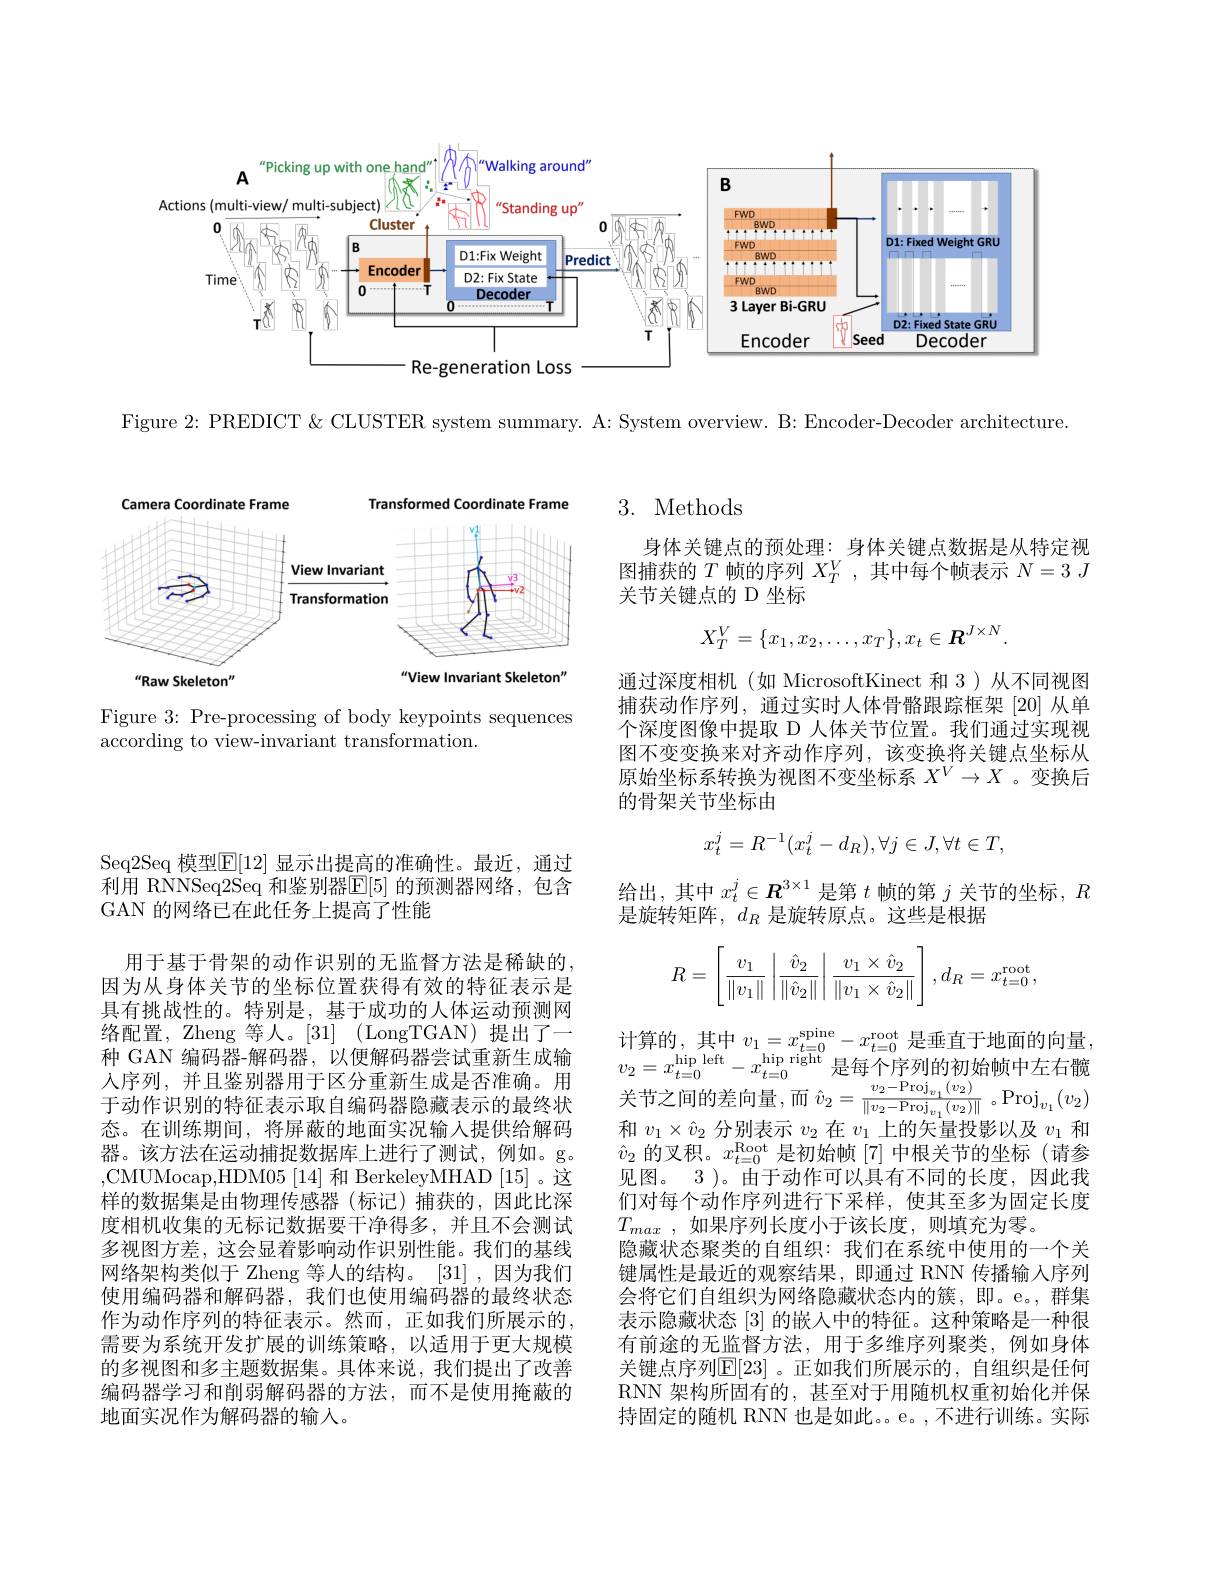
<FigureHere>

Figure 2: PREDICT& CLUSTER system summary. A: System overview. B: Encoder-Decoder architecture

Camera Coordinate Frame
Transformed Coordinate Frame
<FigureHere>

Figure 3: Pre-processing of body keypoints sequences
according to view-invariant transformation

Seq2Seq 模型$\mathbb{E}[12]$ 显示出提高的准确性。最近，通过利用 RNNSeq2Seq 和鉴别器$\mathbb{E}[5]$ 的预测器网络，包含GAN 的网络已在此任务上提高了性能

用于基于骨架的动作识别的无监督方法是稀缺的因为从身体关节的坐标位置获得有效的特征表示是具有挑战性的。特别是，基于成功的人体运动预测网络配置，Zheng 等人。[31] (LongTGAN)提出了一络 配 置 , Zheng 等 人 。[31]( LongTGAN) 提 出 了 一 计 算 的 , 其 中 $v_{1}= x_{t= 0}^{\mathrm{spine}}- x_{t= 0}^{\mathrm{root}}$是 垂 直 于 地 面 的 向 量 . 种 GAN 编 码 器 - 解 码 器 , 以 便 解 码 器 尝 试 重 新 生 成 输 $v_{2}= x_{t= 0}^{\mathrm{hinp~left}}- x_{t= 0}^{\mathrm{hinp~right}}$是 每 个 序 列 的 初 始 帧 中 左 右 髋 人 序 列 , 并 且 鉴 别 器 用 于 区 分 重 新 生 成 是 否 准 确 。用 $v_{2}= x_{t= 0}^{\mathrm{hinp~left}}- x_{t}$
于动作识别的特征表示取自编码器隐藏表示的最终状态。在训练期间，将屏蔽的地面实况输入提供给解码器。该方法在运动捕捉数据库上进行了测试，例如。g。,CMUMocap,HDM05[14] 和 BerkeleyMHAD [15]。这样的数据集是由物理传感器(标记)捕获的，因此比深度相机收集的无标记数据要干净得多，并且不会测试多视图方差，这会显着影响动作识别性能。我们的基线网络架构类似于 Zheng 等人的结构。[31] ,因为我们使用编码器和解码器，我们也使用编码器的最终状态作为动作序列的特征表示。然而，正如我们所展示的， 需要为系统开发扩展的训练策略，以适用于更大规模的多视图和多主题数据集。具体来说，我们提出了改善编码器学习和削弱解码器的方法，而不是使用掩蔽的地面实况作为解码器的输入。

## 3. Methods

身体关键点的预处理：身体关键点数据是从特定视图捕获的$T$帧的序列$X_T^V$,其中每个帧表示$N=3$ $J$ 关节关键点的 D 坐标
$$X_T^V=\{x_1,x_2,\ldots,x_T\},x_t\in\boldsymbol{R}^{J\times N}.$$
通过深度相机(如 MicrosoftKinect 和 3)从不同视图捕获动作序列，通过实时人体骨骼跟踪框架[20]从单个深度图像中提取 D 人体关节位置。我们通过实现视图不变变换来对齐动作序列，该变换将关键点坐标从原始坐标系转换为视图不变坐标系$X^V\to X$ 。变换后的骨架关节坐标由
$$x_t^j=R^{-1}(x_t^j-d_R),\forall j\in J,\forall t\in T,$$
给出，其中$x_t^j\in\boldsymbol{R}^{3\times1}$是第$t$帧的第$j$关节的坐标，$R$
是旋转矩阵，$d_R$是旋转原点。这些是根据
$$R=\left[\frac{v_1}{\|v_1\|}\left|\frac{\hat v_2}{\|\hat v_2\|}\right|\frac{v_1\times\hat v_2}{\|v_1\times\hat v_2\|}\right],d_R=x_{t=0}^{\mathrm{root}},$$
关 节 之 间 的 差 向 量 , 而 $\hat{v} _{2}= \frac {v_{2}- \mathrm{Proj}_{v_{1}}( v_{2}) }{\| v_{2}- \mathrm{Proj}_{v_{1}}( v_{2}) \| }。\mathrm{Proj}_{v_{1}}( v_{2})$ 和 $v_{1}\times \hat{v} _{2}$ 分 别 表 示 $v_{2}$ 在 $v_{1}$ 上 的 矢 量 投 影 以 及 $v_{1}$ 和$\hat{v}_2$的叉积。$x_t=0^\mathrm{Root}$是初始帧[7]中根关节的坐标(请参见图。3)。由于动作可以具有不同的长度。因此我们对每个动作序列进行下采样，使其至多为固定长度$T_{max}$ ,如果序列长度小于该长度，则填充为零。
隐藏状态聚类的自组织：我们在系统中使用的一个关键属性是最近的观察结果，即通过 RNN 传播输入序列会将它们自组织为网络隐藏状态内的簇，即。e。,群集表示隐藏状态[3]的嵌入中的特征。这种策略是一种很有前途的无监督方法，用于多维序列聚类，例如身体关键点序列$\mathbb{E}[23]$ 。正如我们所展示的，自组织是任何RNN 架构所固有的，甚至对于用随机权重初始化并保持固定的随机 RNN 也是如此。。e。,不进行训练。实际